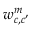
w _ { c , c ^ { \prime } } ^ { m }